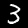
Label: 3